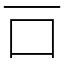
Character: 𠮛